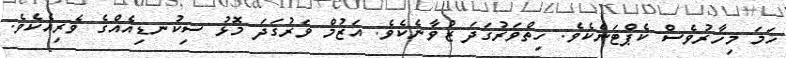
ހަމަ މިހާރުވެސް ކެޕްޓަނެކެވެ. ހިތްވަރުގަދަ ޒުވާނެކެވެ. އަޒުމް ވަރުގަދަ މޮޅު ސިކުނޑިއެއްގެ ވެރިއެކެވެ.